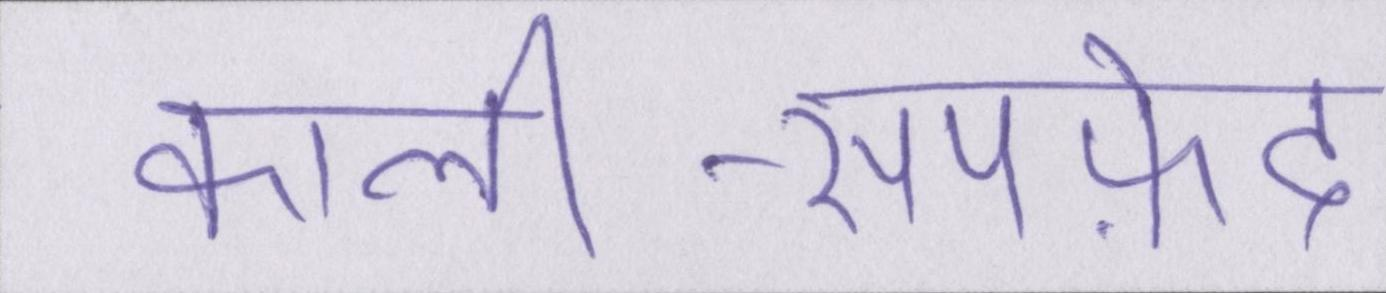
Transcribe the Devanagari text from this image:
काली-सपफ़ेद